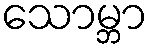
သောမ္ဘာ